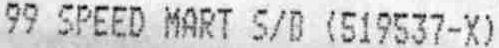
99 SPEED MART S/B (519537-X)